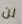
لن